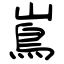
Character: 嶌